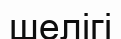
шелігі